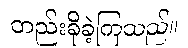
တည်းခိုခဲ့ကြသည်။